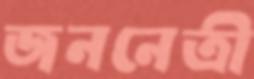
জননেত্রী